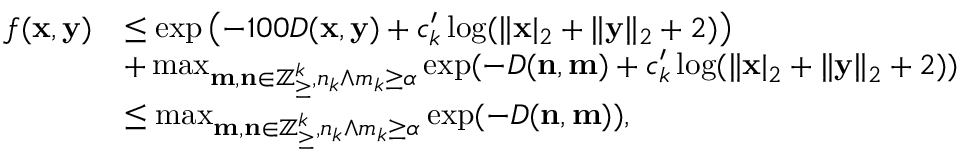
\begin{array} { r l } { f ( \mathbf { x } , \mathbf { y } ) } & { \le \exp \left( - 1 0 0 D ( \mathbf { x } , \mathbf { y } ) + c _ { k } ^ { \prime } \log ( \| \mathbf { x } | _ { 2 } + \| \mathbf { y } \| _ { 2 } + 2 ) \right) } \\ & { + \operatorname* { m a x } _ { \mathbf { m } , \mathbf { n } \in \mathbb { Z } _ { \ge } ^ { k } , n _ { k } \wedge m _ { k } \ge \alpha } \exp ( - D ( \mathbf { n } , \mathbf { m } ) + c _ { k } ^ { \prime } \log ( \| \mathbf { x } | _ { 2 } + \| \mathbf { y } \| _ { 2 } + 2 ) ) } \\ & { \le \operatorname* { m a x } _ { \mathbf { m } , \mathbf { n } \in \mathbb { Z } _ { \ge } ^ { k } , n _ { k } \wedge m _ { k } \ge \alpha } \exp ( - D ( \mathbf { n } , \mathbf { m } ) ) , } \end{array}